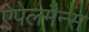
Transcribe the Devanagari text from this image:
ऐपेलमैन्स